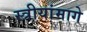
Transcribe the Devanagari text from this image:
स्त्रीयांमागे